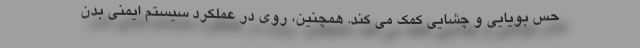
حس بویایی و چشایی کمک می کند. همچنین، روی در عملکرد سیستم ایمنی بدن